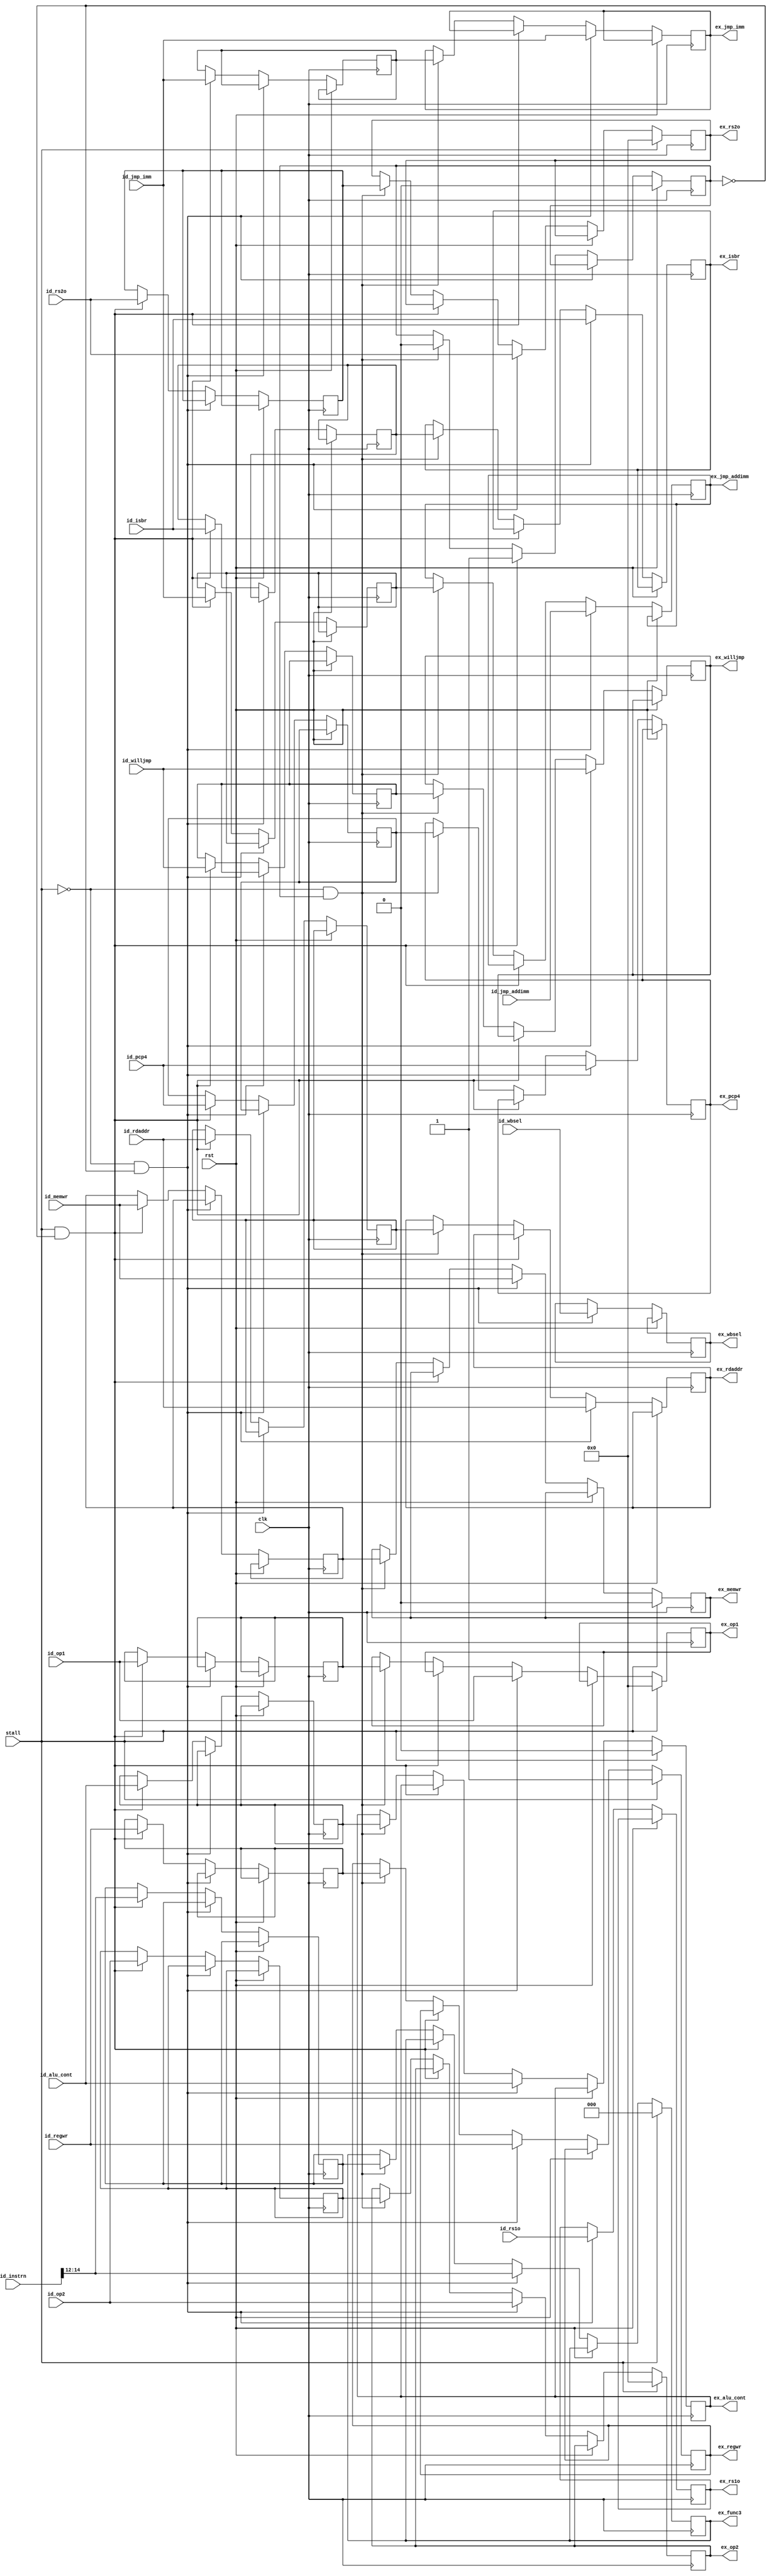
module id_ex_reg(
	//clk
	clk,
	rst,
	//id
	id_memwr,
	id_regwr,
	id_wbsel,
	id_isbr,
	id_willjmp,
	id_op1,
	id_op2,
	id_alu_cont,
	id_rs1o,
	id_rs2o,
	id_rdaddr,
	id_instrn,
	id_pcp4,
	id_jmp_imm,
	id_jmp_addimm,
	//ex
	ex_memwr,
	ex_regwr,
	ex_wbsel,
	ex_isbr,
	ex_willjmp,
	ex_op1,
	ex_op2,
	ex_alu_cont,
	ex_rs1o,
	ex_rs2o,
	ex_rdaddr,
	ex_func3,
	ex_pcp4,
	ex_jmp_imm,
	ex_jmp_addimm,
	//stall
	stall

);
//----------Output
//decoder wires
output reg ex_memwr;
output reg ex_regwr;
output reg [1:0] ex_wbsel;
//op wires
output reg [31:0] ex_op1;
output reg [31:0] ex_op2;
//alu wires
output reg ex_alu_cont;
//Register file wires
output reg [31:0] ex_rs1o; //rs1 out
output reg [31:0] ex_rs2o; //rs2 out
output reg [4:0] ex_rdaddr; //rs2 addr 
//data memory wires
//func3
output reg [2:0] ex_func3;
//Jump target generation
output reg [31:0] ex_jmp_imm;
output reg [31:0] ex_jmp_addimm;
//pc wires
output reg [31:0] ex_pcp4;
output reg ex_isbr;
output reg ex_willjmp;
//----------Input
//clock
input wire clk;
//pc wires
// warning ignored as id_instrn is decoded and thus some bits unused
/* verilator lint_off UNUSED */
input wire [31:0] id_instrn;
/* verilator lint_on UNUSED */
//decoder wires
input wire id_memwr;
input wire id_regwr;
input wire [1:0] id_wbsel;
//op wires
input wire [31:0] id_op1;
input wire [31:0] id_op2;
//alu wires
input wire id_alu_cont;
//Register file wires
input wire [31:0] id_rs1o; //rs1 out
input wire [31:0] id_rs2o; //rs2 out
//data memory wires
input wire [4:0] id_rdaddr; //rs2 addr 
//Jump target generation
input wire [31:0] id_jmp_imm;
input wire [31:0] id_jmp_addimm;
//pc wires
input wire [31:0] id_pcp4;
input wire id_isbr;
input wire id_willjmp;


//stall logic
input wire stall;
input wire rst;
reg stalldata; //if stalldata is valid
//---stall data
reg [31:0] stall_rs2o; //rs2 out
reg [31:0] stall_op1; //rs2 out
reg [31:0] stall_op2; //rs2 out
reg [4:0] stall_rdaddr; //rdaddr
reg stall_alu_cont;
reg stall_memwr;
reg stall_regwr;
reg [2:0] stall_func3;
//pc control
reg [31:0] stall_pcp4;
reg stall_isbr;
reg stall_willjmp;
//jump target generation 
reg [31:0] stall_jmp_imm;
reg [31:0] stall_jmp_addimm;
always @(posedge clk) begin
	if (rst) begin
		stalldata <= 0;
	end
	else if(!stall & !stalldata) begin
	ex_isbr <= id_isbr;
	ex_willjmp <= id_willjmp;
	ex_memwr <= id_memwr;
	ex_regwr <= id_regwr;
	ex_wbsel <= id_wbsel;
	ex_rdaddr <= id_rdaddr;
	ex_op1 <= id_op1;
	ex_op2 <= id_op2;
	ex_alu_cont <= id_alu_cont;
	ex_rs1o <= id_rs1o;
	ex_rs2o <= id_rs2o;
	ex_func3 <= id_instrn[14:12]; //id's rdaddr_out
	ex_pcp4 <= id_pcp4;
	ex_jmp_imm <= id_jmp_imm;
	ex_jmp_addimm <= id_jmp_addimm;
	end
	else if(stall & !stalldata) begin
		stall_isbr <= id_isbr;
		stall_willjmp <= id_willjmp;
		stall_pcp4 <= id_pcp4;
		stall_jmp_imm <= id_jmp_imm;
		stall_jmp_addimm <= id_jmp_imm;
		stall_memwr <= id_memwr;
		stall_regwr <= id_regwr;
		stall_op1 <= id_op1;
		stall_op2 <= id_op2;
		stall_alu_cont <= id_alu_cont;
		stall_rs2o <= id_rs2o;
		stall_rdaddr <= id_rdaddr; 
		stall_func3 <= id_instrn[14:12]; //id's rdaddr_out
		stalldata <= 1;
	end
	else if(!stall & stalldata) begin
		ex_memwr <= stall_memwr;
		ex_regwr <= stall_regwr;
		ex_op1 <= stall_op1;
		ex_op2 <= stall_op2;
		ex_alu_cont <= stall_alu_cont;
		ex_rs2o <= stall_rs2o;
		ex_func3 <= stall_func3;
		ex_isbr <= stall_isbr;
		ex_rdaddr <= stall_rdaddr;
		ex_willjmp <= stall_willjmp;
		ex_pcp4 <= stall_pcp4;
		ex_jmp_imm <= stall_jmp_imm;
		ex_jmp_addimm <= stall_jmp_addimm;
		stalldata <= 0;
	end
	if(stall) begin
		ex_memwr <= 0;
		ex_regwr <= 1;
		ex_op1 <= 0;
		ex_op2 <= 0;
		ex_alu_cont <= 0;
		ex_func3 <= 0;
		ex_rs2o <= 0;
	end


end




endmodule